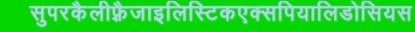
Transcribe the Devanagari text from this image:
सुपरकैलीफ़्रैजाइलिस्टिकएक्सपियालिडोसियस